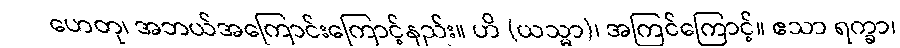
ဟေတု၊ အဘယ်အကြောင်းကြောင့်နည်း။ ဟိ (ယသ္မာ)၊ အကြင်ကြောင့်။ ဧသာ ရက္ခာ၊